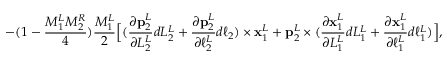
- ( 1 - \frac { M _ { 1 } ^ { L } M _ { 2 } ^ { R } } { 4 } ) \frac { M _ { 1 } ^ { L } } { 2 } \Big [ ( \frac { \partial \mathbf { p } _ { 2 } ^ { L } } { \partial L _ { 2 } ^ { L } } d L _ { 2 } ^ { L } + \frac { \partial \mathbf { p } _ { 2 } ^ { L } } { \partial \ell _ { 2 } ^ { L } } d \ell _ { 2 } ) \times \mathbf { x } _ { 1 } ^ { L } + \mathbf { p } _ { 2 } ^ { L } \times ( \frac { \partial \mathbf { x } _ { 1 } ^ { L } } { \partial L _ { 1 } ^ { L } } d L _ { 1 } ^ { L } + \frac { \partial \mathbf { x } _ { 1 } ^ { L } } { \partial \ell _ { 1 } ^ { L } } d \ell _ { 1 } ^ { L } ) \Big ] ,